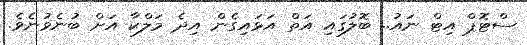
ސްޓޮޕް އިޓް ނައު.. ބޮލުގައި އަތް އަޅައިގެން އިދެ މަލްކާ އަށް ބުނެވުނެވެ.